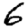
Digit: 6